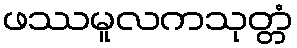
ဖဿမူလကသုတ္တံ